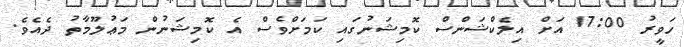
ހަވީރު 17:00 އަށް އިލެކްޝަންސް ކޮމިޝަނުގައި ކަމަށްވެސް އެ ކޮމިޝަނުން މަޢުލޫމާތު ދެއެވެ.